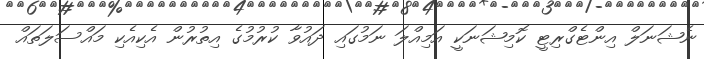
ނެޝަނަލް އިންޓެގްރިޓީ ކޮމިޝަނަކީ އަމިއްލަ ނަމުގައި ދައުވާ ކުރުމުގެ އިތުރުން އެކިއެކި މައްސަލަތައް